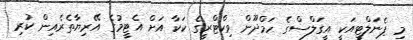
މި ޕެނަލްޓީއަކީ އީގަލްސްގެ ހަމްދޫން ވިކްޓްރީގެ ކަކާ އަށް އެޓީމުގެ އޭރިޔާތެރެއިން ކުރި